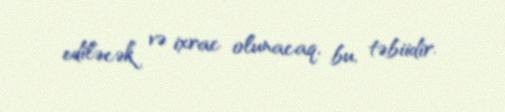
ediləcək və ixrac olunacaq, bu, təbiidir.